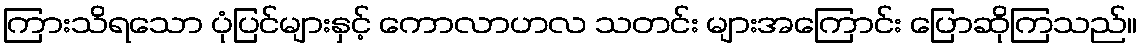
ကြားသိရသော ပုံပြင်များနှင့် ကောလာဟလ သတင်း များအကြောင်း ပြောဆိုကြသည်။